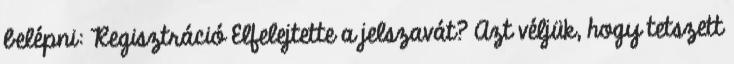
belépni: Regisztráció Elfelejtette a jelszavát? Azt véljük, hogy tetszett